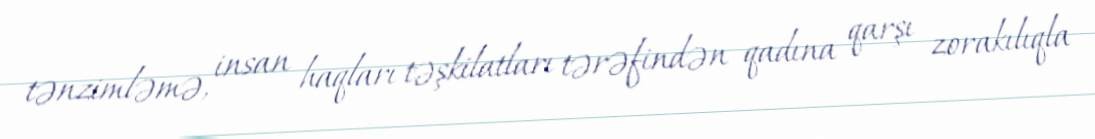
tənzimləmə, insan haqları təşkilatları tərəfindən qadına qarşı zorakılıqla